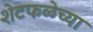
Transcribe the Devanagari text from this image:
शेटफळेच्या